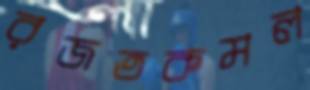
রজতকমল